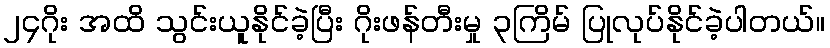
၂၄ဂိုး အထိ သွင်းယူနိုင်ခဲ့ပြီး ဂိုးဖန်တီးမှု ၃ကြိမ် ပြုလုပ်နိုင်ခဲ့ပါတယ်။